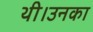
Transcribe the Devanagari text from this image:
थी।उनका